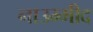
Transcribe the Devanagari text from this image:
नाउम्मीद